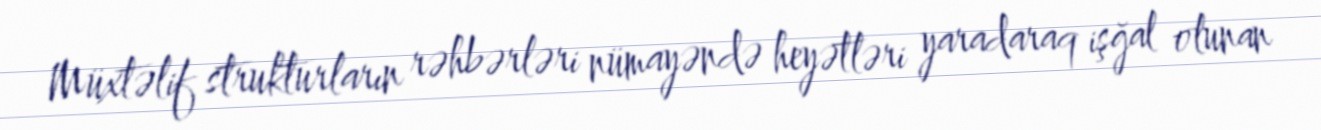
Müxtəlif strukturların rəhbərləri nümayəndə heyətləri yaradaraq işğal olunan